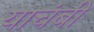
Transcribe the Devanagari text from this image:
याचंबी